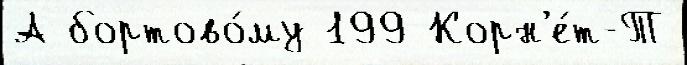
А бортово́му 199 Корн'е́т-Т